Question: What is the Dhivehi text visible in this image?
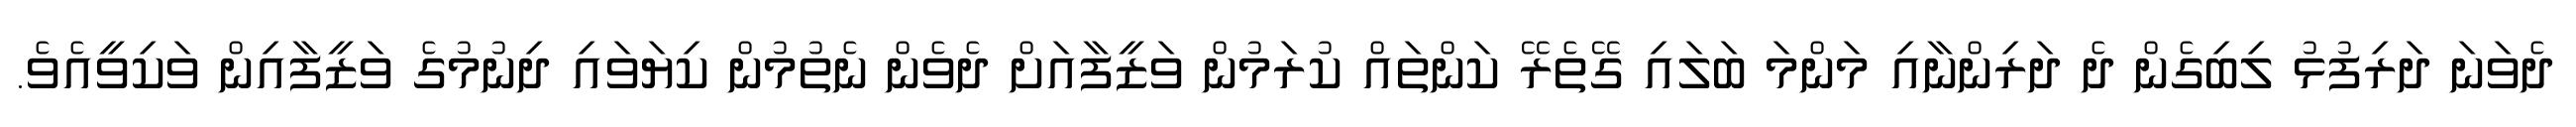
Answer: ދެވަނަ ދަރިފުޅު ލިބިގެން ދެ ދަރިންނާއި މަންމަ ބަލައި ގޭތެރޭ ކަންތައް ކުރަމުން ވަޒީފާއަށް ދެވެން ނެތުމުން ކިޔަވައި ދިނުމުގެ ވަޒީފާއިން ވަކިވީއެވެ.